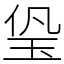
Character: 㺸